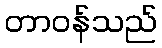
တာဝန်သည်